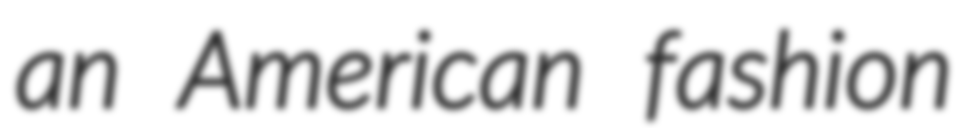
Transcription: an American fashion